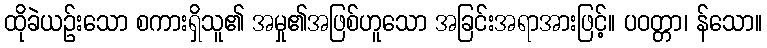
ထိုခဲယဉ်းသော စကားရှိသူ၏ အမှု၏အဖြစ်ဟူသော အခြင်းအရာအားဖြင့်။ ပဝတ္တာ၊ န်သော။